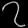
Digit: ၇